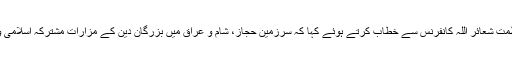
چیئرمین تنظیم شیعہ آئمہ مساجد علامہ تصور حسین نقوی نے عظمت شعائر اللہ کانفرنس سے خطاب کرتے ہوئے کہا کہ سرزمین حجاز، شام و عراق میں بزرگان دین کے مزارات مشترکہ اسلامی ورثہ ہیں، اقوام متحدہ عزت رفتہ کی بحالی کیلئے کردار ادا کرے۔